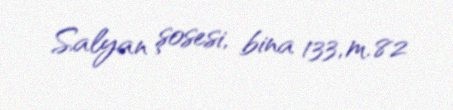
Salyan şosesi, bina 133, m. 82